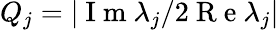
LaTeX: Q_{j}=|\mathrm{~I~m~}\lambda_{j}/2\mathrm{~R~e~}\lambda_{j}|